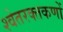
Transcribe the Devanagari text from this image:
श्वेतरक्तकणों